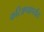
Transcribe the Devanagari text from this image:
करिअप्पापर्यंत